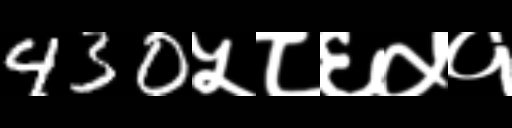
Text: 430५८६५१